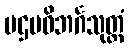
ပဌမဝိဘင်္ဂသုတ္တံ